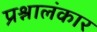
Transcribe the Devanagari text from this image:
प्रश्नालंकार